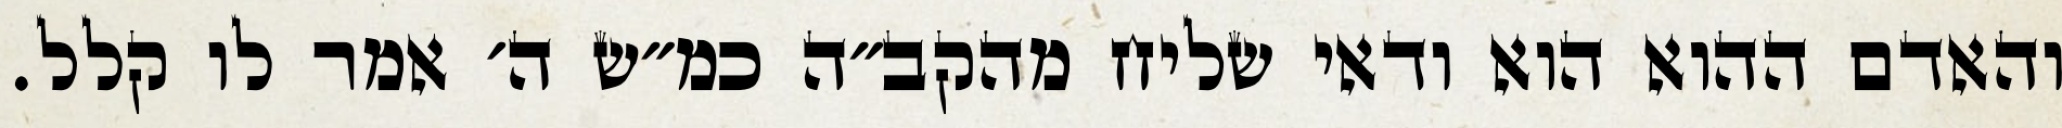
והאדם ההוא הוא ודאי שליח מהקב״ה כמ״ש ה׳ אמר לו קלל.